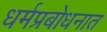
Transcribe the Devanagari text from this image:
धर्मप्रबोधनात